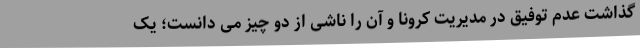
گذاشت عدم توفیق در مدیریت کرونا و آن را ناشی از دو چیز می دانست؛ یک